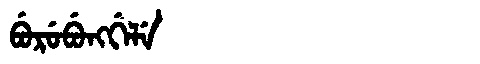
Manchu: ᠪᡠᡵᡠᠪᡠᠩᡤᡝᠯᡝ
Romanization: BURUBUNGGELE